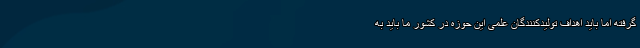
گرفته اما باید اهداف تولیدکنندگان علمی این حوزه در کشور ما باید به